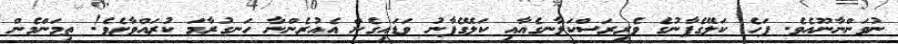
ނުވަންނާނޫއެވެ. ފަހެ ކަލޭގެފާނުގެ ވެރިރަސްކަލާނގެއާއި ކަލޭގެފާނު ވަޑައިގެން އެއުރެންނާ ހަނގުރާމަ ކުރައްވާށެވެ! ތިމަންމެން